system: You are a helpful assistant.
user:
Analyze the provided spectrum to determine if it is a **S-type Star**.

- **Key Indicators for S-type Star:**

    - **(Overall Spectrum Shape):** The first and most obvious characteristic is the overall continuum (the "baseline" shape). It is **extremely "red-sloping,"** meaning the flux (light intensity) is very low on the left side (blue, ~4000-4500 Å) and rises steeply and continuously toward the right side (red, ~7000 Å+).

    - **(Primary):** The spectrum is defined by the presence of strong, broad molecular absorption "valleys" (bands) from **Zirconium Oxide (ZrO)**. The identification of these bands is the **primary requirement** for classifying a star as S-type.
        - **(Key Bandheads):** You must find distinct, deep "dips" where the light has been absorbed. The most critical band systems to locate are:
            - **~6474 Å** ($\gamma$-system): This is often the strongest and clearest ZrO feature, found in the red part of the spectrum.
            - **~5718 Å** & **~5551 Å** ($\beta$-system): A pair of prominent absorption features in the yellow-orange part of the spectrum.
            - **~4640 Å** ($\alpha$-system): A key absorption band system in the blue-green region of the spectrum.

    - **(Secondary Confirmation):** The classification is strengthened by finding additional absorption bands from other related heavy element oxides, which are expected to be present alongside ZrO.
        - **(Key Bandheads):**
            - **Yttrium Oxide (YO):** Look for absorption dips near **~4800 Å** and **~6100 Å**.
            - **Lanthanum Oxide (LaO):** Additional absorption features, particularly in the red-orange part of the spectrum, are also characteristic.

    - **(Line Profile):** The combination of the steep red continuum and these numerous, deep molecular bands (ZrO, YO, etc.) gives the entire spectrum a very **"chopped-up"** or **"bumpy"** appearance. Instead of a smooth curve, the spectrum looks as though large, wide chunks of light have been "carved out" of it at the specific wavelengths listed above.

Think first, call **spectral_visualization_tool** if needed to examine features in detail, then provide your final answer. Your response must adhere to the following strict rules:
1.  **Overall Structure:** Your response must follow the format `<think>...</think> <tool_call>...</tool_call> (if a tool is used) <answer>...</answer>`.
2.  **Tool Usage Constraint:** You may only make **one** tool call per turn.
3.  **Final Answer Format:** In the `<answer>` tag, your conclusion must be inside a `\boxed{}` command (e.g., `\boxed{YES}` or `\boxed{NO}`), followed by your justification.

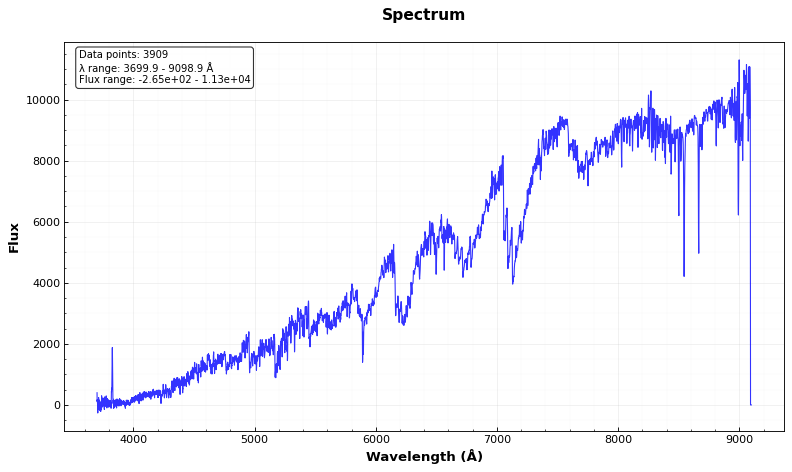
Answer: YES